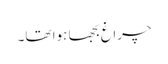
چراغ بجھا ہوا تھا۔